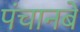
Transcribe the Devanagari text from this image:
पंचानबे